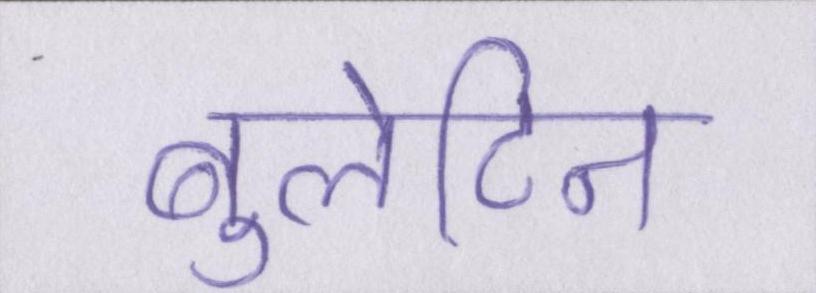
बुलेटिन